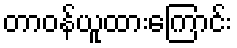
တာဝန်ယူထားကြောင်း